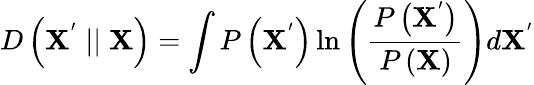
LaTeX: D\left(\mathbf{X^{'}}\mid\mid\mathbf{X}\right)=\int P\left(\mathbf{X^{'}}\right)\ln\left(\frac{P\left(\mathbf{X^{'}}\right)}{P\left(\mathbf{X}\right)}\right)d\mathbf{X^{'}}